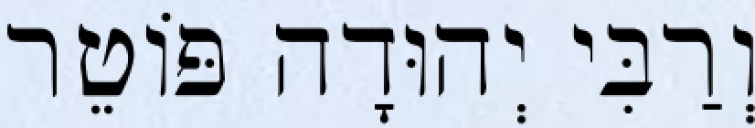
וְרַבִּי יְהוּדָה פּוֹטֵר